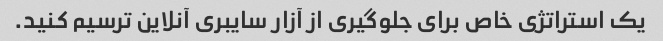
یک استراتژی خاص برای جلوگیری از آزار سایبری آنلاین ترسیم کنید.